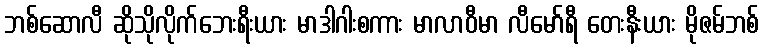
ဘစ်ဆောလီ ဆိုသိုလိုက်ဘေးရီးယား မာဒါဂါးစကား မာလာဝီမာ လီမော်ရီ တေးနီးယား မိုဇမ်ဘစ်